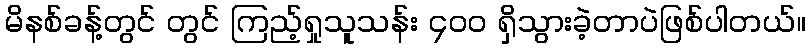
မိနစ်ခန့်တွင် တွင် ကြည့်ရှုသူသန်း ၄၀၀ ရှိသွားခဲ့တာပဲဖြစ်ပါတယ်။